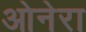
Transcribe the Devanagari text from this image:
ओनेरा